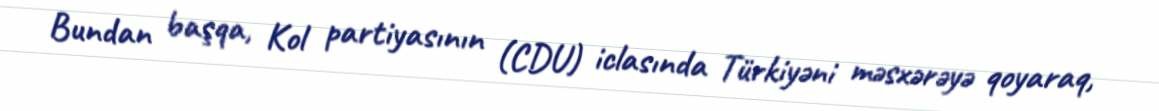
Bundan başqa, Kol partiyasının (CDU) iclasında Türkiyəni məsxərəyə qoyaraq,